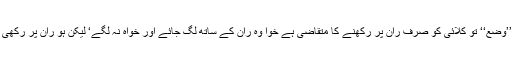
بلکہ ’’وضع‘‘ تو کلائی کو صرف ران پر رکھنے کا متقاضی ہے خوا وہ ران کے ساتھ لگ جائے اور خواہ نہ لگے‘ لیکن ہو ران پر رکھی گئی!